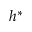
h ^ { * }